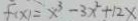
f ( x ) = x ^ { 3 } - 3 x ^ { 2 } + 1 2 x